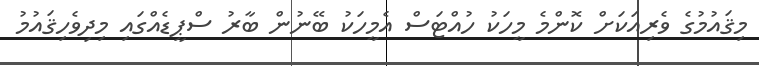
މިޤައުމުގެ ވެރިއަކަށް ކޮންމެ މީހަކު ހުއްޓަސް އެމީހަކު ބޭނުން ބާރު ސްޕީޑެއްގައި މިދިވެހިޤައުމު